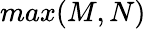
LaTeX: max(M,N)